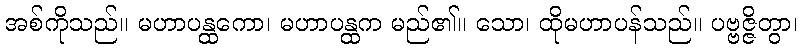
အစ်ကိုသည်။ မဟာပန္ထကော၊ မဟာပန္ထက မည်၏။ သော၊ ထိုမဟာပန်သည်။ ပဗ္ဗဇ္ဇိတွာ၊